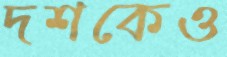
দশকেও